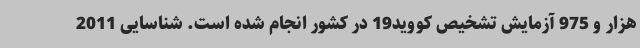
هزار و 975 آزمایش تشخیص کووید19 در کشور انجام شده است. شناسایی 2011